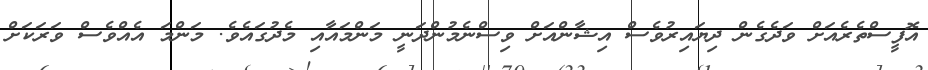
އޮފީސްތެރެއަށް ވަދެގެން ދިޔައިރުވެސް އިޝާންއަށް ވިސްނެމުންދަނީ މަންމައާއި މެދުގައެވެ. މަންމަ އެއްވެސް ވަރަކަށް